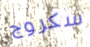
سكروج